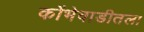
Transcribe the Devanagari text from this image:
कोंभेवाडीतला